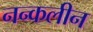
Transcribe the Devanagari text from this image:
नन्कलीन